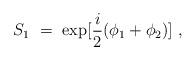
LaTeX: \begin{align*}S_{1} ~=~ {\rm exp}[\frac{i}{2}(\phi_1+\phi_2)]~,\vspace{1mm}\end{align*}